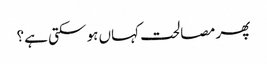
پھر مصالحت کہاں ہو سکتی ہے؟